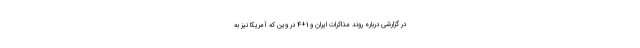
در گزارشی درباره روند مذاکرات ایران و 1+4 در وین که آمریکا نیز به